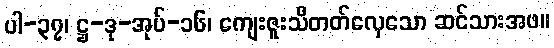
ပါ-၃၇၊ ဋ္ဌ-ဒု-အုပ်-၁၆၊ ကျေးဇူးသိတတ်လှေသော ဆင်သားအဖ။